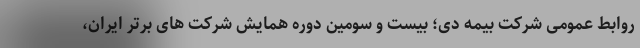
روابط عمومی شرکت بیمه دی؛ بیست و سومین دوره همایش شرکت های برتر ایران،